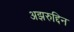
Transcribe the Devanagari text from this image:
अझरुद्दिन